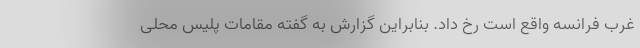
غرب فرانسه واقع است رخ داد. بنابراین گزارش به گفته مقامات پلیس محلی